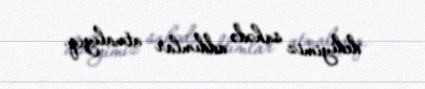
dediyimiz sahədə addımlar atmalıyıq.